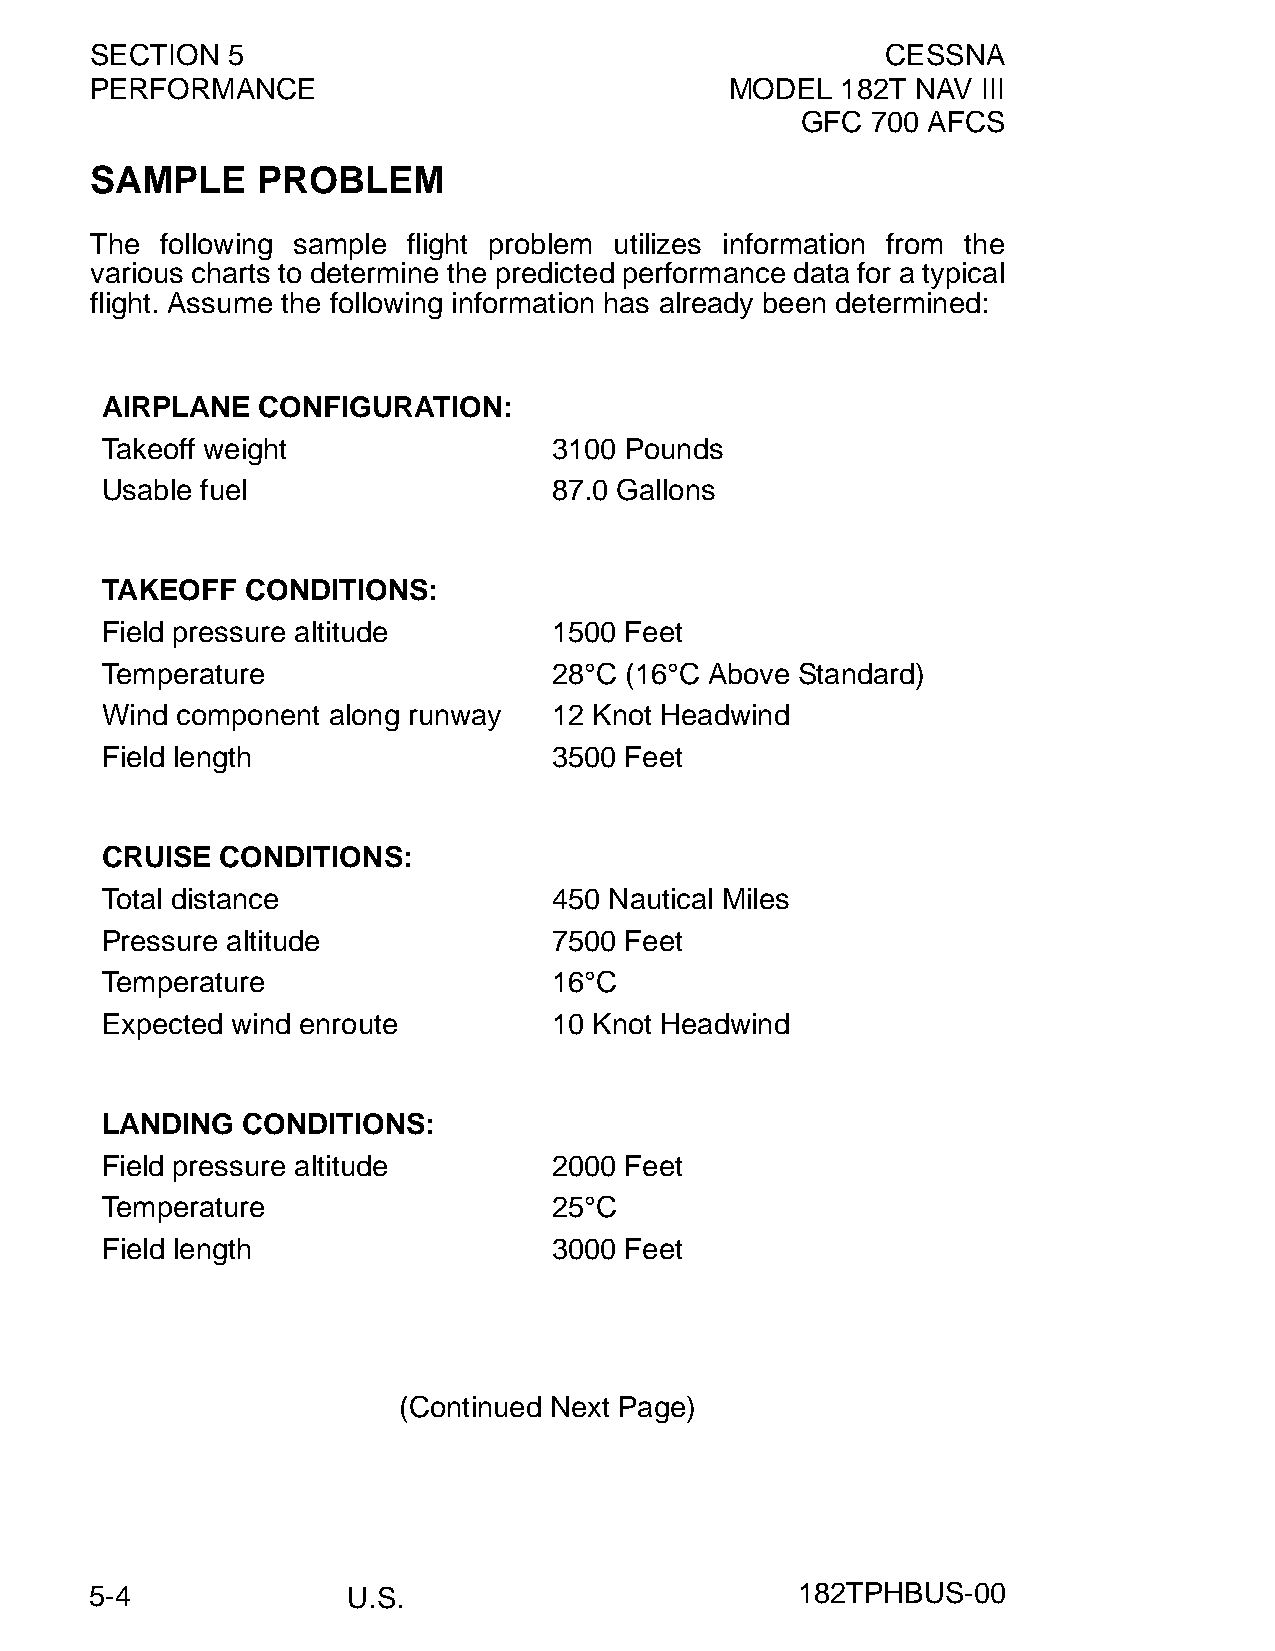
SECTION  5                                           CESSNA
 PERFORMANCE                               MODEL   182T NAV III
 GFC  700 AFCS
 SAMPLE     PROBLEM
 The  following sample flight problem utilizes information from the
 various charts to determine the predicted performance data for a typical
 flight. Assume the following information has already been determined:
 AIRPLANE  CONFIGURATION:
 Takeoff weight                3100 Pounds
 Usable fuel                   87.0 Gallons
 TAKEOFF  CONDITIONS:
 Field pressure altitude       1500 Feet
 Temperature                   28°C (16°C Above Standard)
 Wind component along runway   12 Knot Headwind
 Field length                  3500 Feet
 CRUISE  CONDITIONS:
 Total distance                450 Nautical Miles
 Pressure altitude             7500 Feet
 Temperature                   16°C
 Expected wind enroute         10 Knot Headwind
 LANDING  CONDITIONS:
 Field pressure altitude       2000 Feet
 Temperature                   25°C
 Field length                  3000 Feet
 (Continued Next Page)
 5-4              U.S.                          182TPHBUS-00